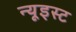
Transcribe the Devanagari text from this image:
न्यूइस्ट